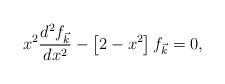
LaTeX: \begin{align*}x^2\frac{d^2f_{\vec{k}}}{dx^2}-\left[2-x^2\right]f_{\vec{k}}=0,\end{align*}